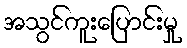
အသွင်ကူးပြောင်းမှု